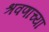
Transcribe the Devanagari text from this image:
श्रवणाच्या